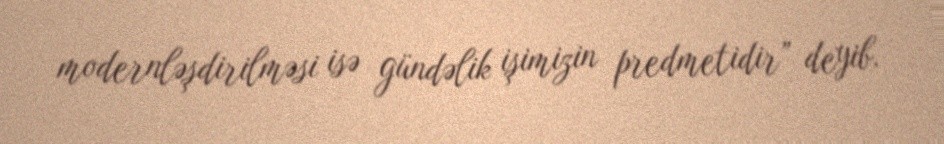
modernləşdirilməsi isə gündəlik işimizin predmetidir” deyib.